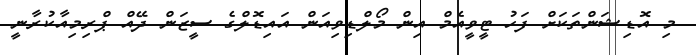
މި އޮޑިޝަންތަކަށް ފަހު ޓީވީއެމް އިން މޯލްޑިވިއަން އައިޑޮލްގެ ސީޒަން ދޭއް ޕްރިމިއާކުރާނީ